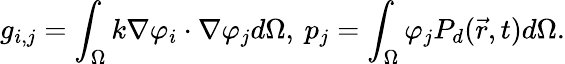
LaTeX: g_{i,j}=\int_{\Omega}k\nabla\varphi_{i}\cdot\nabla\varphi_{j}d\Omega,\: p_{j}=\int_{\Omega}\varphi_{j}P_{d}(\vec{r},t)d\Omega.